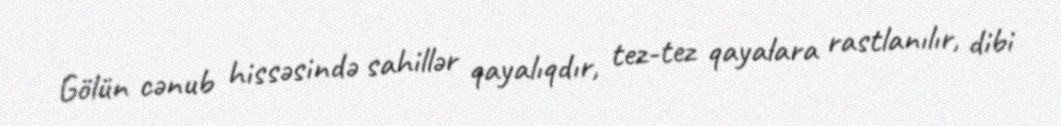
Gölün cənub hissəsində sahillər qayalıqdır, tez-tez qayalara rastlanılır, dibi